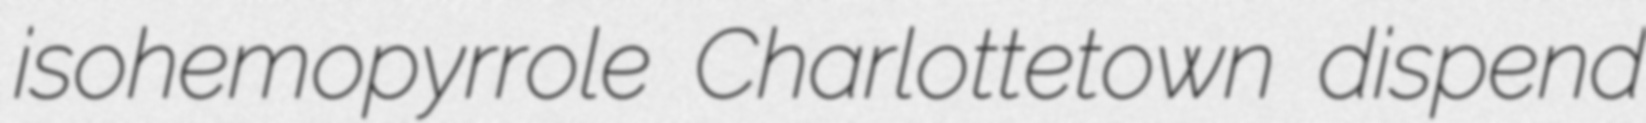
isohemopyrrole Charlottetown dispend